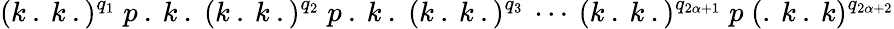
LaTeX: (k\: .\: k\: .)^{q_{1}}\; p\: .\: k\: .\; (k\: .\: k\: .)^{q_{2}}\; p\: .\: k\: .\; (k\: .\: k\: .)^{q_{3}}\: \cdots\: (k\: .\: k\: .)^{q_{2\alpha+1}}\; p\; (.\: k\: .\: k)^{q_{2\alpha+2}}